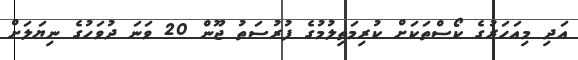
އަދި މިއަހަރުގެ ކޯސްތަކަށް ކުރިމަތިލުމުގެ ފުރުސަތު ޖޫން 20 ވަނަ ދުވަހުގެ ނިޔަލަށް